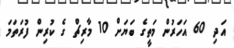
އަދި 60 އަހަރުން މަތީގެ ބަޔަށް 10 މާރިޗް ގެ ކުރިން ފުރަތަމަ